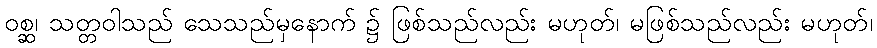
ဝစ္ဆ၊ သတ္တဝါသည် သေသည်မှနောက် ၌ ဖြစ်သည်လည်း မဟုတ်၊ မဖြစ်သည်လည်း မဟုတ်၊